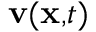
\mathbf { v } ( \mathbf { x , } t )